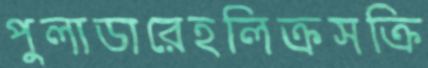
পুলাডারেহলিক্রসক্রি